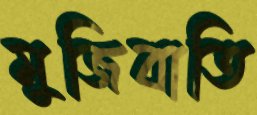
মুজিবাতি